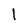
Character: 1